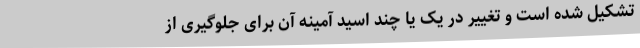
تشکیل شده است و تغییر در یک یا چند اسید آمینه آن برای جلوگیری از